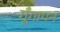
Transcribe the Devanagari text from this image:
गूँगापन